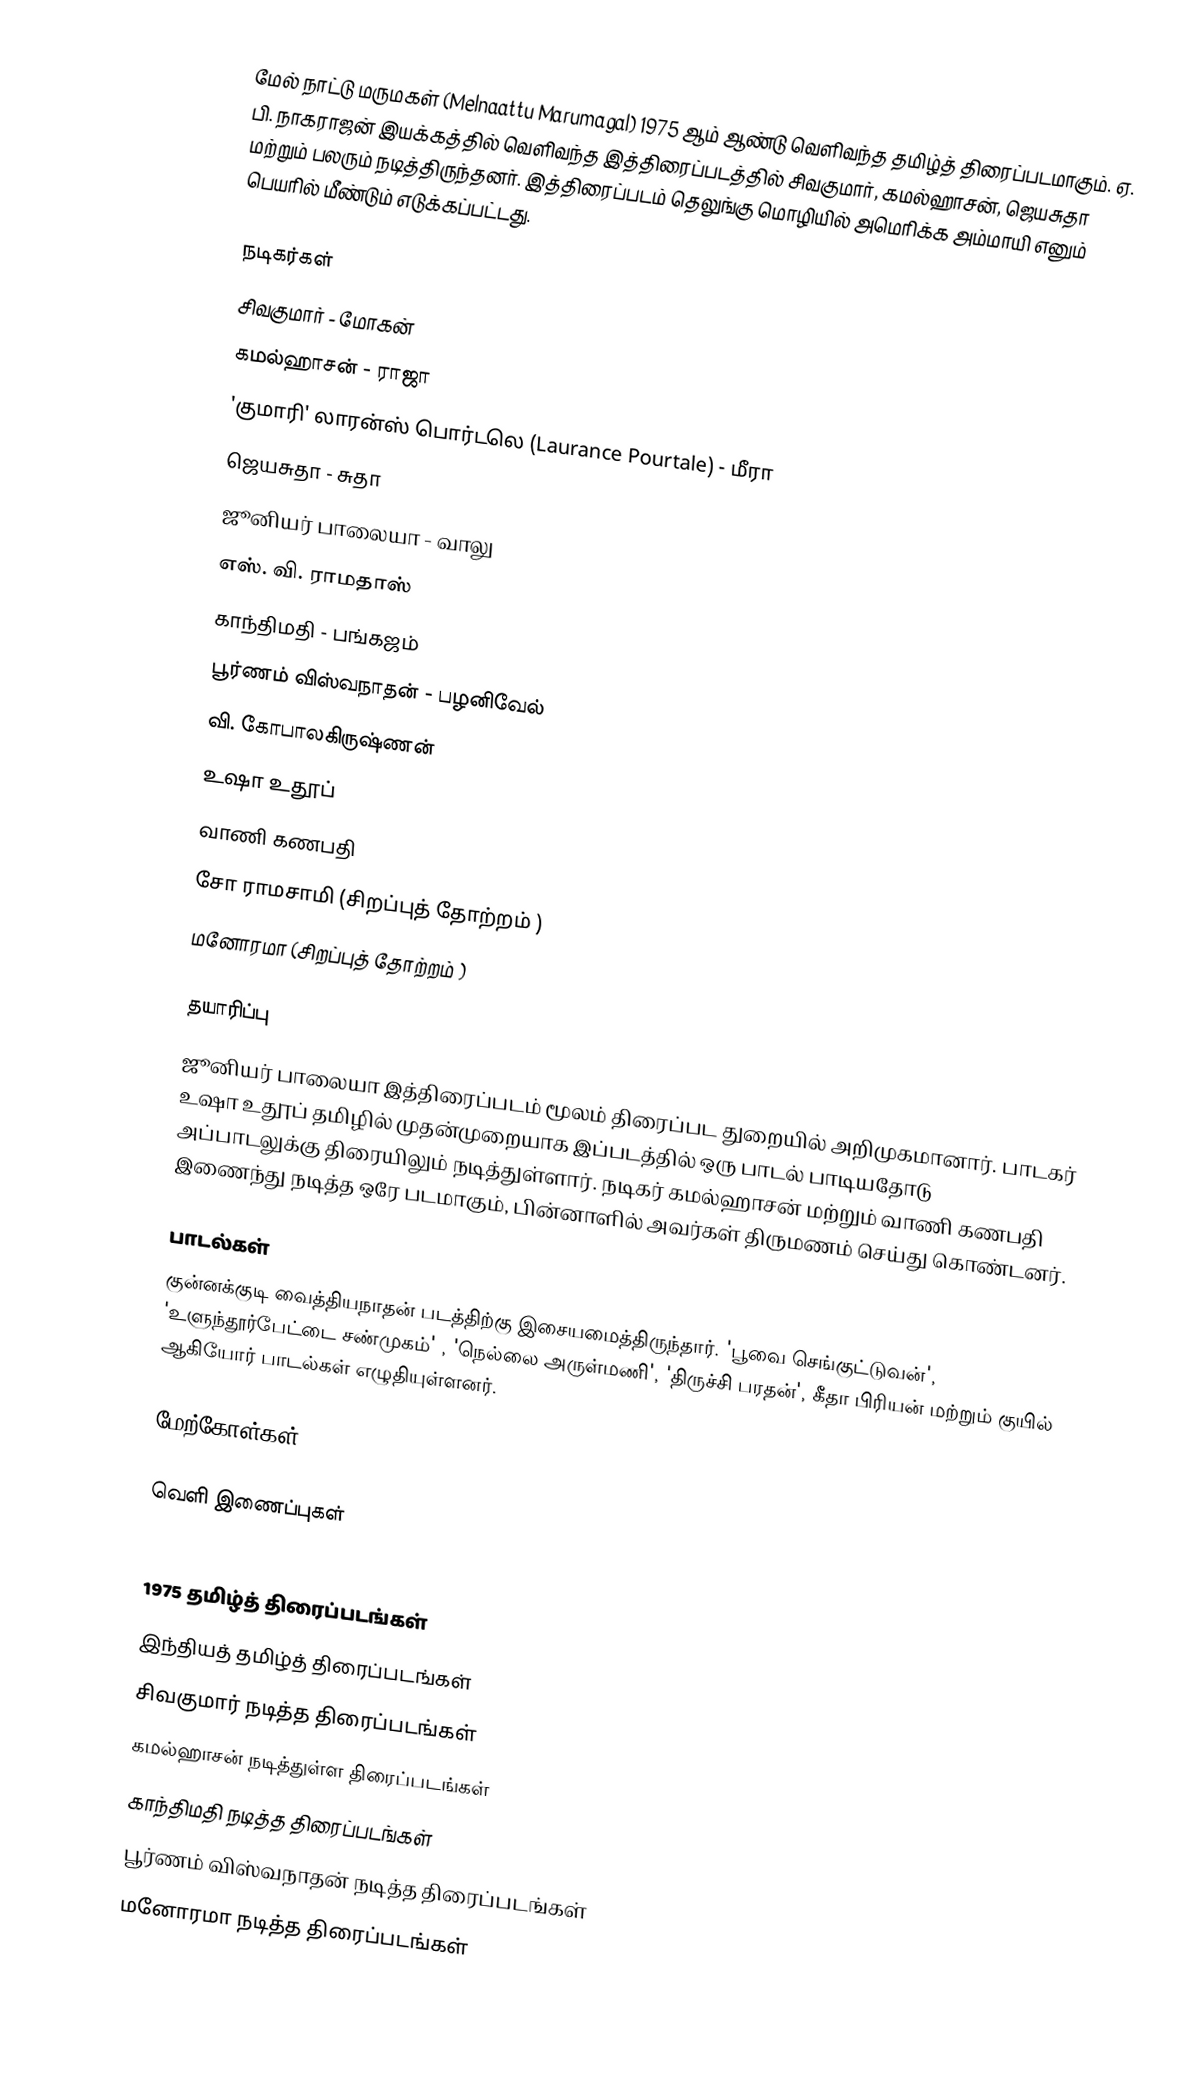
மேல் நாட்டு மருமகள் (Melnaattu Marumagal) 1975 ஆம் ஆண்டு வெளிவந்த தமிழ்த் திரைப்படமாகும். ஏ. பி. நாகராஜன் இயக்கத்தில் வெளிவந்த இத்திரைப்படத்தில் சிவகுமார், கமல்ஹாசன், ஜெயசுதா மற்றும் பலரும் நடித்திருந்தனர். இத்திரைப்படம் தெலுங்கு மொழியில் அமெரிக்க அம்மாயி எனும் பெயரில் மீண்டும் எடுக்கப்பட்டது.

நடிகர்கள்
 சிவகுமார் - மோகன்
 கமல்ஹாசன் - ராஜா
 'குமாரி' லாரன்ஸ் பொர்டலெ (Laurance Pourtale) - மீரா
 ஜெயசுதா - சுதா
 ஜூனியர் பாலையா - வாலு
 எஸ். வி. ராமதாஸ்
 காந்திமதி - பங்கஜம்
 பூர்ணம் விஸ்வநாதன் - பழனிவேல்
 வி. கோபாலகிருஷ்ணன்
 உஷா உதூப்
 வாணி கணபதி
 சோ ராமசாமி (சிறப்புத் தோற்றம் )
 மனோரமா (சிறப்புத் தோற்றம் )

தயாரிப்பு
ஜூனியர் பாலையா இத்திரைப்படம் மூலம் திரைப்பட துறையில் அறிமுகமானார். பாடகர் உஷா உதூப் தமிழில் முதன்முறையாக இப்படத்தில் ஒரு பாடல் பாடியதோடு அப்பாடலுக்கு திரையிலும் நடித்துள்ளார். நடிகர் கமல்ஹாசன் மற்றும் வாணி கணபதி இணைந்து நடித்த ஒரே படமாகும், பின்னாளில் அவர்கள் திருமணம் செய்து கொண்டனர்.

பாடல்கள்
குன்னக்குடி வைத்தியநாதன் படத்திற்கு இசையமைத்திருந்தார்.  'பூவை செங்குட்டுவன்', 'உளுந்தூர்பேட்டை சண்முகம்' , 'நெல்லை அருள்மணி', 'திருச்சி பரதன்', கீதா பிரியன் மற்றும் குயில் ஆகியோர் பாடல்கள் எழுதியுள்ளனர்.

மேற்கோள்கள்

வெளி இணைப்புகள்

1975 தமிழ்த் திரைப்படங்கள்
இந்தியத் தமிழ்த் திரைப்படங்கள்
சிவகுமார் நடித்த திரைப்படங்கள்
கமல்ஹாசன் நடித்துள்ள திரைப்படங்கள்
காந்திமதி நடித்த திரைப்படங்கள்
பூர்ணம் விஸ்வநாதன் நடித்த திரைப்படங்கள்
மனோரமா நடித்த திரைப்படங்கள்